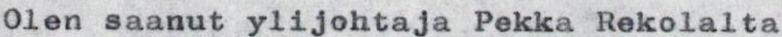
Olen saanut ylijohtaja Pekka Rekolalta